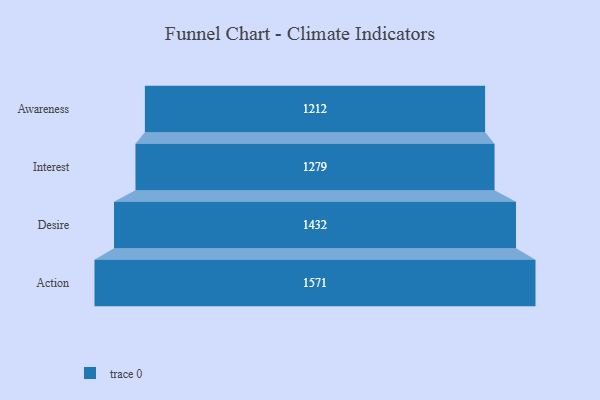
{"axis": {"x": "Stage", "y": "Value"}, "legend": [""], "data": [{"x": "Awareness", "y": 1212.0, "type": ""}, {"x": "Interest", "y": 1279.0, "type": ""}, {"x": "Desire", "y": 1432.0, "type": ""}, {"x": "Action", "y": 1571.0, "type": ""}]}